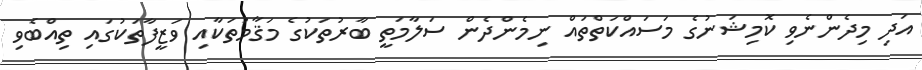
އަދި މިދެންނެވި ކޮމިޝަނުގެ މަސައްކަތްތައް ނިމެންދެން ސަލާމަތީ ބާރުތަކުގެ މަޤާމުތަކާއި ވަޒީފާތަކުގައި ތިއްބެވި